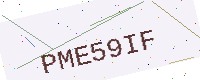
Text: PME59IF